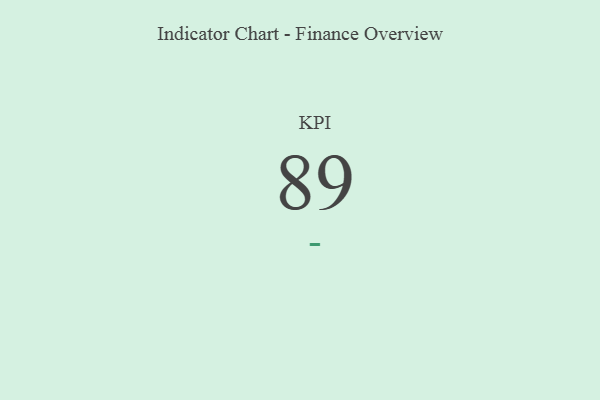
{"axis": {"x": "KPI", "y": "Value"}, "legend": [""], "data": [{"x": "KPI", "y": 89, "type": ""}]}